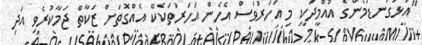
"އަޅުގަނޑުމެންގެ އުއްމީދަކީ މި އަހަރުވެސް އެހެން އަހަރުތަކެކޭ އެއްގޮތަށް ޒަކާތް ޖަމާކުރެވި އަދި